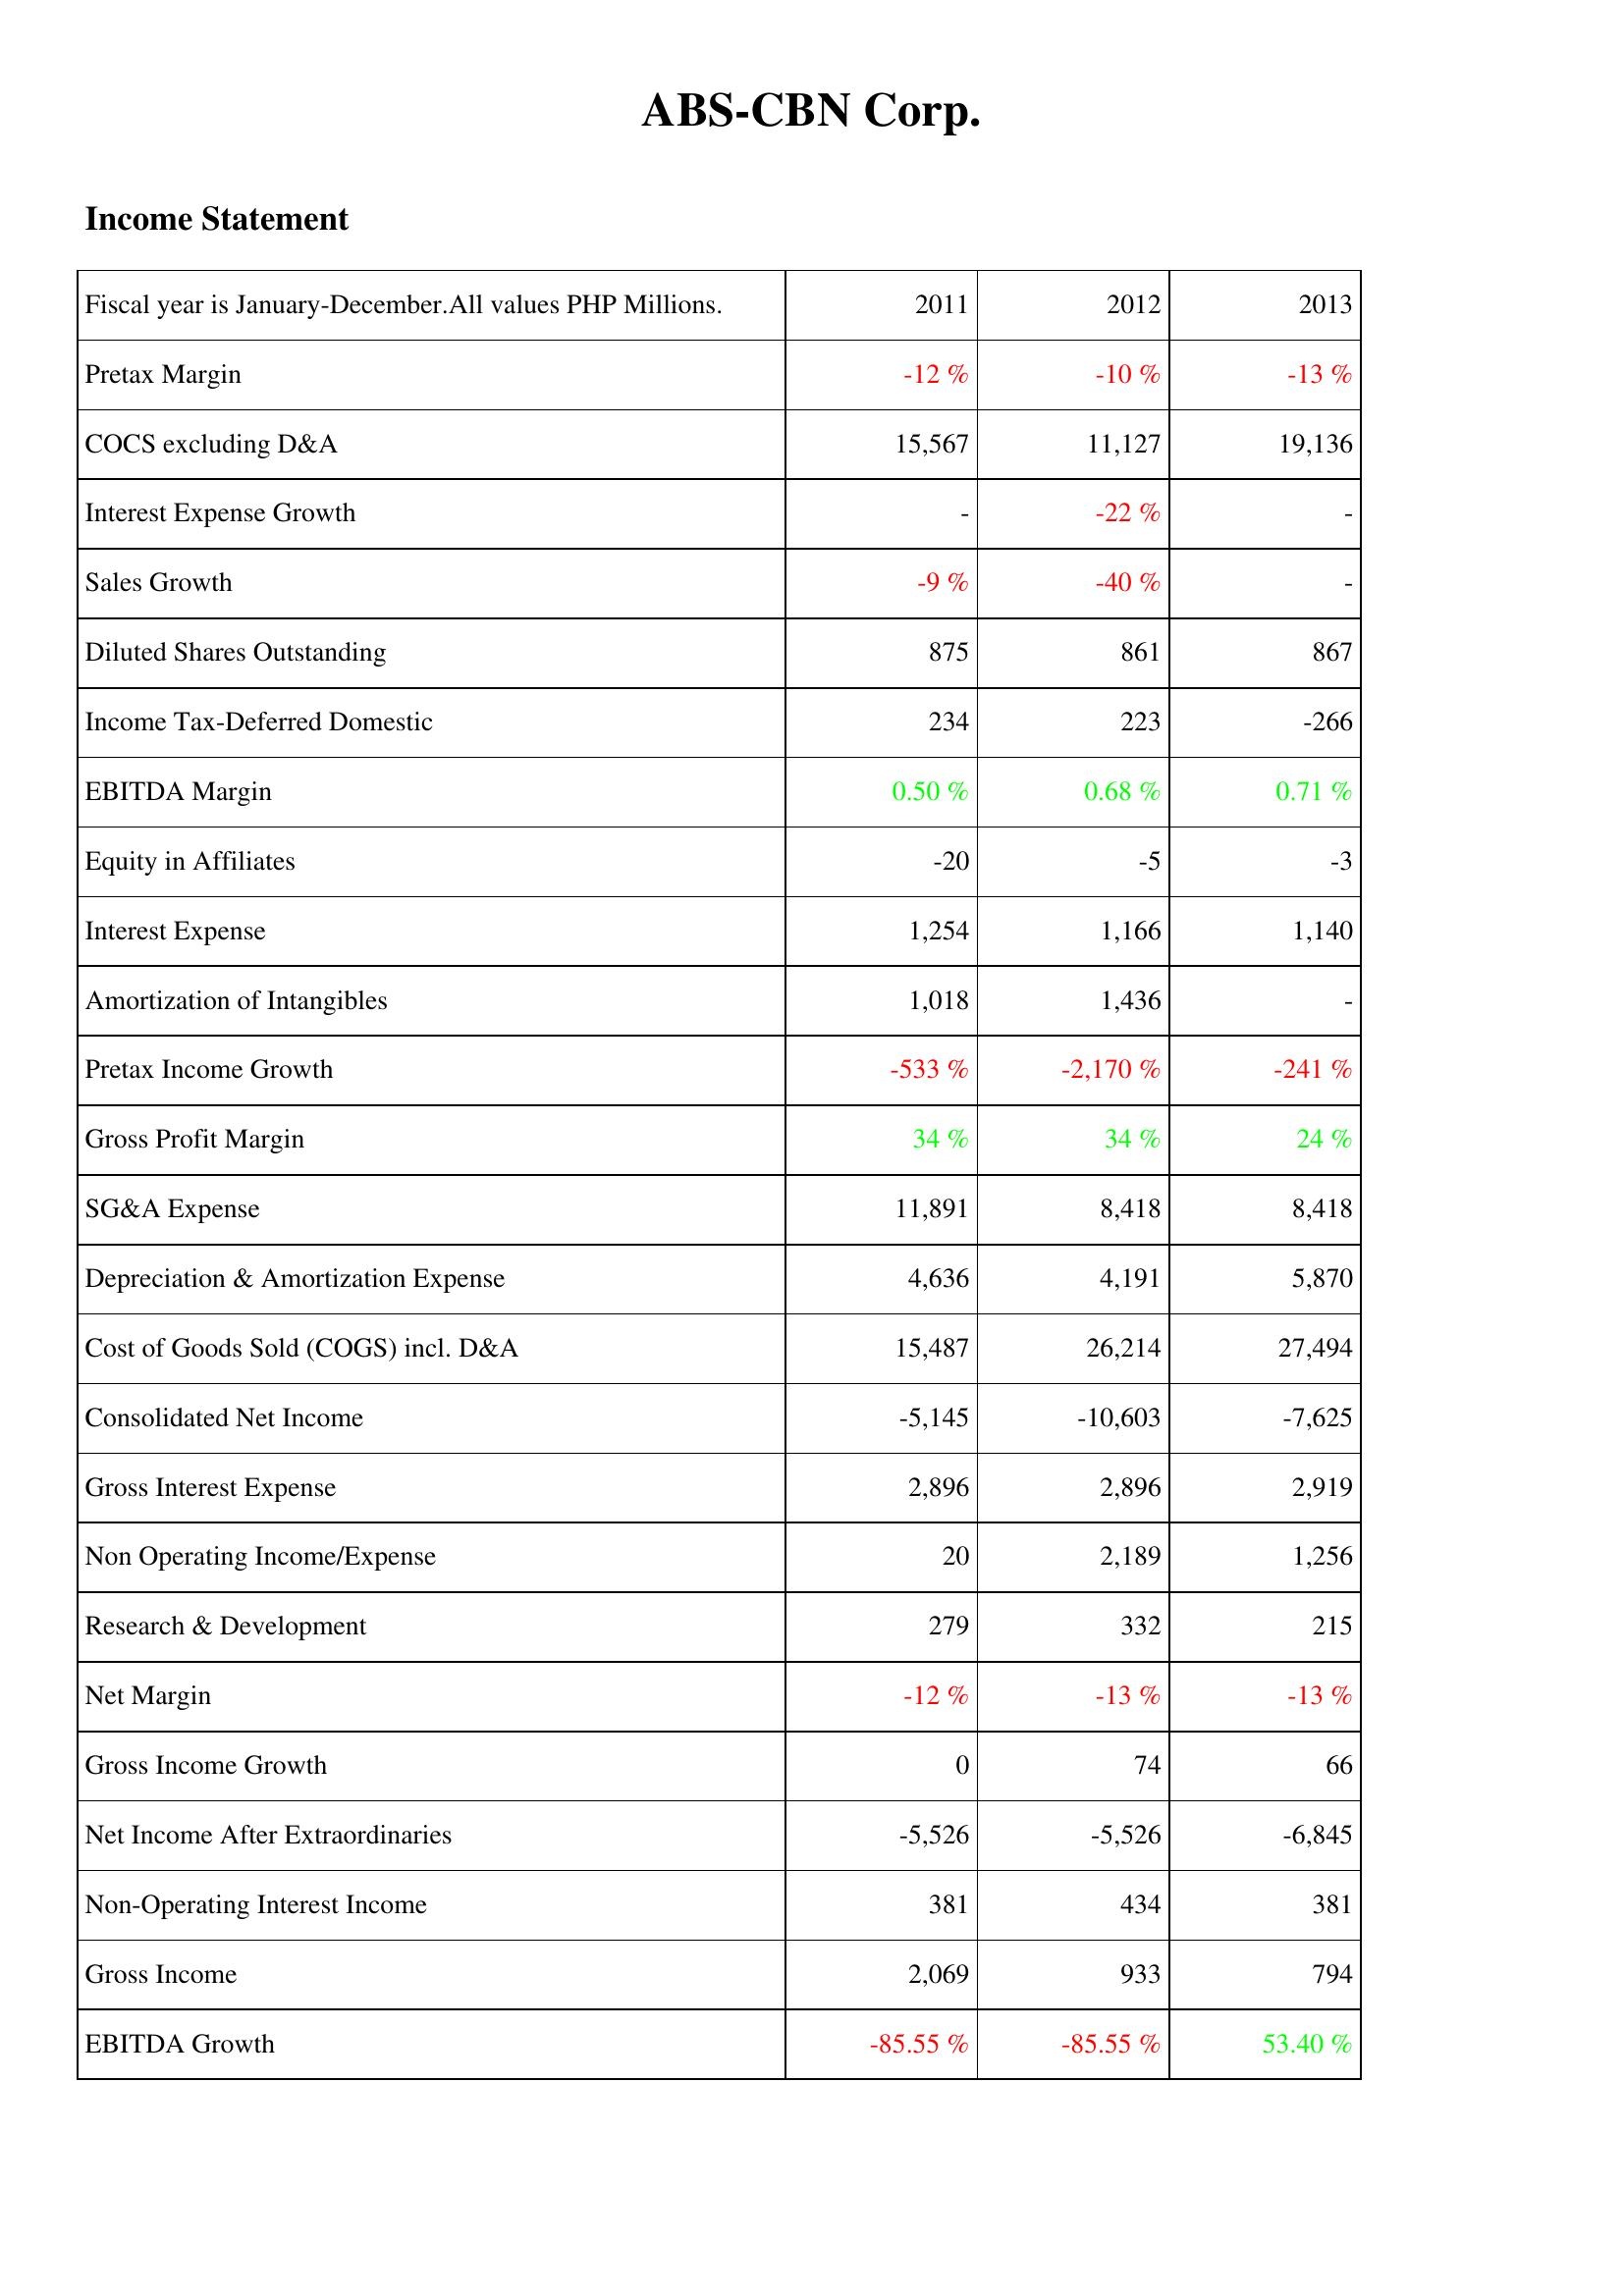
2011: Income Statement: Pretax Margin: -12 %
COCS excluding D&A: 15,567
Interest Expense Growth: -
Sales Growth: -9 %
Diluted Shares Outstanding: 875
Income Tax-Deferred Domestic: 234
EBITDA Margin: 0.50 %
Equity in Affiliates: -20
Interest Expense: 1,254
Amortization of Intangibles: 1,018
Pretax Income Growth: -533 %
Gross Profit Margin: 34 %
SG&A Expense: 11,891
Depreciation & Amortization Expense: 4,636
Cost of Goods Sold (COGS) incl. D&A: 15,487
Consolidated Net Income: -5,145
Gross Interest Expense: 2,896
Non Operating Income/Expense: 20
Research & Development: 279
Net Margin: -12 %
Gross Income Growth: 0
Net Income After Extraordinaries: -5,526
Non-Operating Interest Income: 381
Gross Income: 2,069
EBITDA Growth: -85.55 %
2012: Income Statement: Pretax Margin: -10 %
COCS excluding D&A: 11,127
Interest Expense Growth: -22 %
Sales Growth: -40 %
Diluted Shares Outstanding: 861
Income Tax-Deferred Domestic: 223
EBITDA Margin: 0.68 %
Equity in Affiliates: -5
Interest Expense: 1,166
Amortization of Intangibles: 1,436
Pretax Income Growth: -2,170 %
Gross Profit Margin: 34 %
SG&A Expense: 8,418
Depreciation & Amortization Expense: 4,191
Cost of Goods Sold (COGS) incl. D&A: 26,214
Consolidated Net Income: -10,603
Gross Interest Expense: 2,896
Non Operating Income/Expense: 2,189
Research & Development: 332
Net Margin: -13 %
Gross Income Growth: 74
Net Income After Extraordinaries: -5,526
Non-Operating Interest Income: 434
Gross Income: 933
EBITDA Growth: -85.55 %
2013: Income Statement: Pretax Margin: -13 %
COCS excluding D&A: 19,136
Interest Expense Growth: -
Sales Growth: -
Diluted Shares Outstanding: 867
Income Tax-Deferred Domestic: -266
EBITDA Margin: 0.71 %
Equity in Affiliates: -3
Interest Expense: 1,140
Amortization of Intangibles: -
Pretax Income Growth: -241 %
Gross Profit Margin: 24 %
SG&A Expense: 8,418
Depreciation & Amortization Expense: 5,870
Cost of Goods Sold (COGS) incl. D&A: 27,494
Consolidated Net Income: -7,625
Gross Interest Expense: 2,919
Non Operating Income/Expense: 1,256
Research & Development: 215
Net Margin: -13 %
Gross Income Growth: 66
Net Income After Extraordinaries: -6,845
Non-Operating Interest Income: 381
Gross Income: 794
EBITDA Growth: 53.40 %